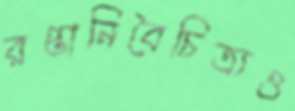
রপ্তানিবৈচিত্র্যও